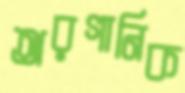
অরগানিক